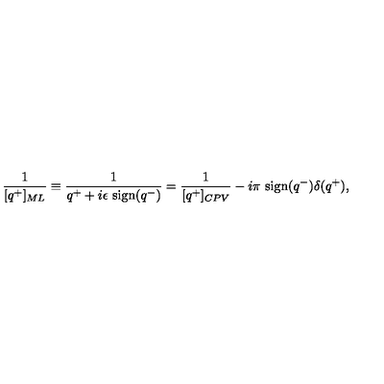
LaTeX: { \frac { 1 } { [ q ^ { + } ] _ { M L } } } \equiv { \frac { 1 } { q ^ { + } + i \epsilon \ \mathrm { s i g n } ( q ^ { - } ) } } = { \frac { 1 } { [ q ^ { + } ] _ { C P V } } } - i \pi \ \mathrm { s i g n } ( q ^ { - } ) \delta ( q ^ { + } ) ,